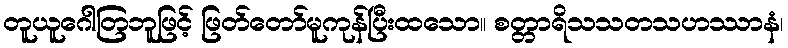
တူယူဂေါတြဘူဖြင့် ဖြတ်တော်မူကုန်ပြီးထသော။ စတ္တာရိသသတသဟဿာနံ၊